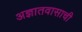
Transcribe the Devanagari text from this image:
अज्ञातवासाची